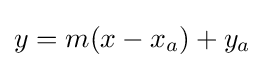
y=m(x-x_{a})+y_{a}